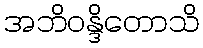
အဘိဝန္ဒိတောသိ